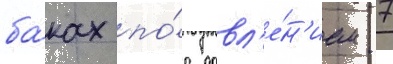
ба́ках по́д давл'е́н'ием 7